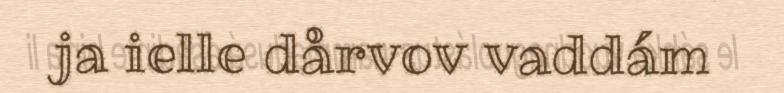
ja ielle dårvov vaddám